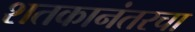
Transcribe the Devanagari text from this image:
शतकानंतरचा